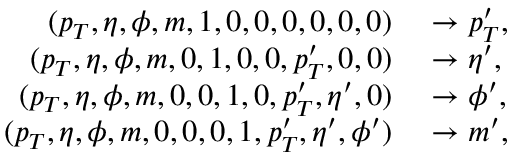
\begin{array} { r l } { ( p _ { T } , \eta , \phi , m , 1 , 0 , 0 , 0 , 0 , 0 , 0 ) } & { { } \rightarrow p _ { T } ^ { \prime } , } \\ { ( p _ { T } , \eta , \phi , m , 0 , 1 , 0 , 0 , p _ { T } ^ { \prime } , 0 , 0 ) } & { { } \rightarrow \eta ^ { \prime } , } \\ { ( p _ { T } , \eta , \phi , m , 0 , 0 , 1 , 0 , p _ { T } ^ { \prime } , \eta ^ { \prime } , 0 ) } & { { } \rightarrow \phi ^ { \prime } , } \\ { ( p _ { T } , \eta , \phi , m , 0 , 0 , 0 , 1 , p _ { T } ^ { \prime } , \eta ^ { \prime } , \phi ^ { \prime } ) } & { { } \rightarrow m ^ { \prime } , } \end{array}